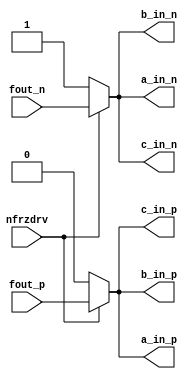
// SPDX-License-Identifier: Apache-2.0
// Copyright (C) 2019 Intel Corporation. 

//---------------------------------------------------------------------------------------------------------------------------------------------
//  io_dly_interpclk
//---------------------------------------------------------------------------------------------------------------------------------------------

module io_dly_interpclk (
input         nfrzdrv,
input         fout_p,
input         fout_n,
output        a_in_p,
output        b_in_p,
output        c_in_p,
output        a_in_n,
output        b_in_n,
output        c_in_n
);

`ifdef TIMESCALE_EN
		timeunit 1ps; 
		timeprecision 1ps; 
`endif

parameter   NAND_DELAY = 20;

assign #(0 * NAND_DELAY) a_in_p = nfrzdrv? fout_p : 1'b0;
assign #(2 * NAND_DELAY) b_in_p = nfrzdrv? fout_p : 1'b0;
assign #(4 * NAND_DELAY) c_in_p = nfrzdrv? fout_p : 1'b0;

assign #(0 * NAND_DELAY) a_in_n = nfrzdrv? fout_n : 1'b1;
assign #(2 * NAND_DELAY) b_in_n = nfrzdrv? fout_n : 1'b1;
assign #(4 * NAND_DELAY) c_in_n = nfrzdrv? fout_n : 1'b1;

/*
io_interp_basecap xxcapap (
.cin	(a_in_p	)
);

io_interp_basecap xxcapbp (
.cin	(b_in_p	)
);

io_interp_basecap xxcapcp (
.cin	(c_in_p	)
);

io_interp_basecap xxcapan (
.cin	(a_in_n	)
);

io_interp_basecap xxcapbn (
.cin	(b_in_n	)
);

io_interp_basecap xxcapcn (
.cin	(c_in_n	)
);

*/

endmodule